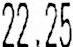
22.25